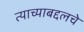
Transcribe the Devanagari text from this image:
त्याच्याबद्दलचे